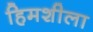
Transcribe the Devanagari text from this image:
हिमशीला